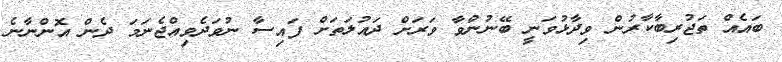
ބައެއް ތަޖުރިބާކާރުން ވިދާޅުވަނީ ބޭނުންވާ ވަރަށް ދައުލަތަށް ފައިސާ ނުވަދެވިއްޖެނަމަ ދެން އޮންނާނެ